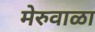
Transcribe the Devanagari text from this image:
मेरुवाळा